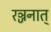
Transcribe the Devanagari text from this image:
रञ्जनात्